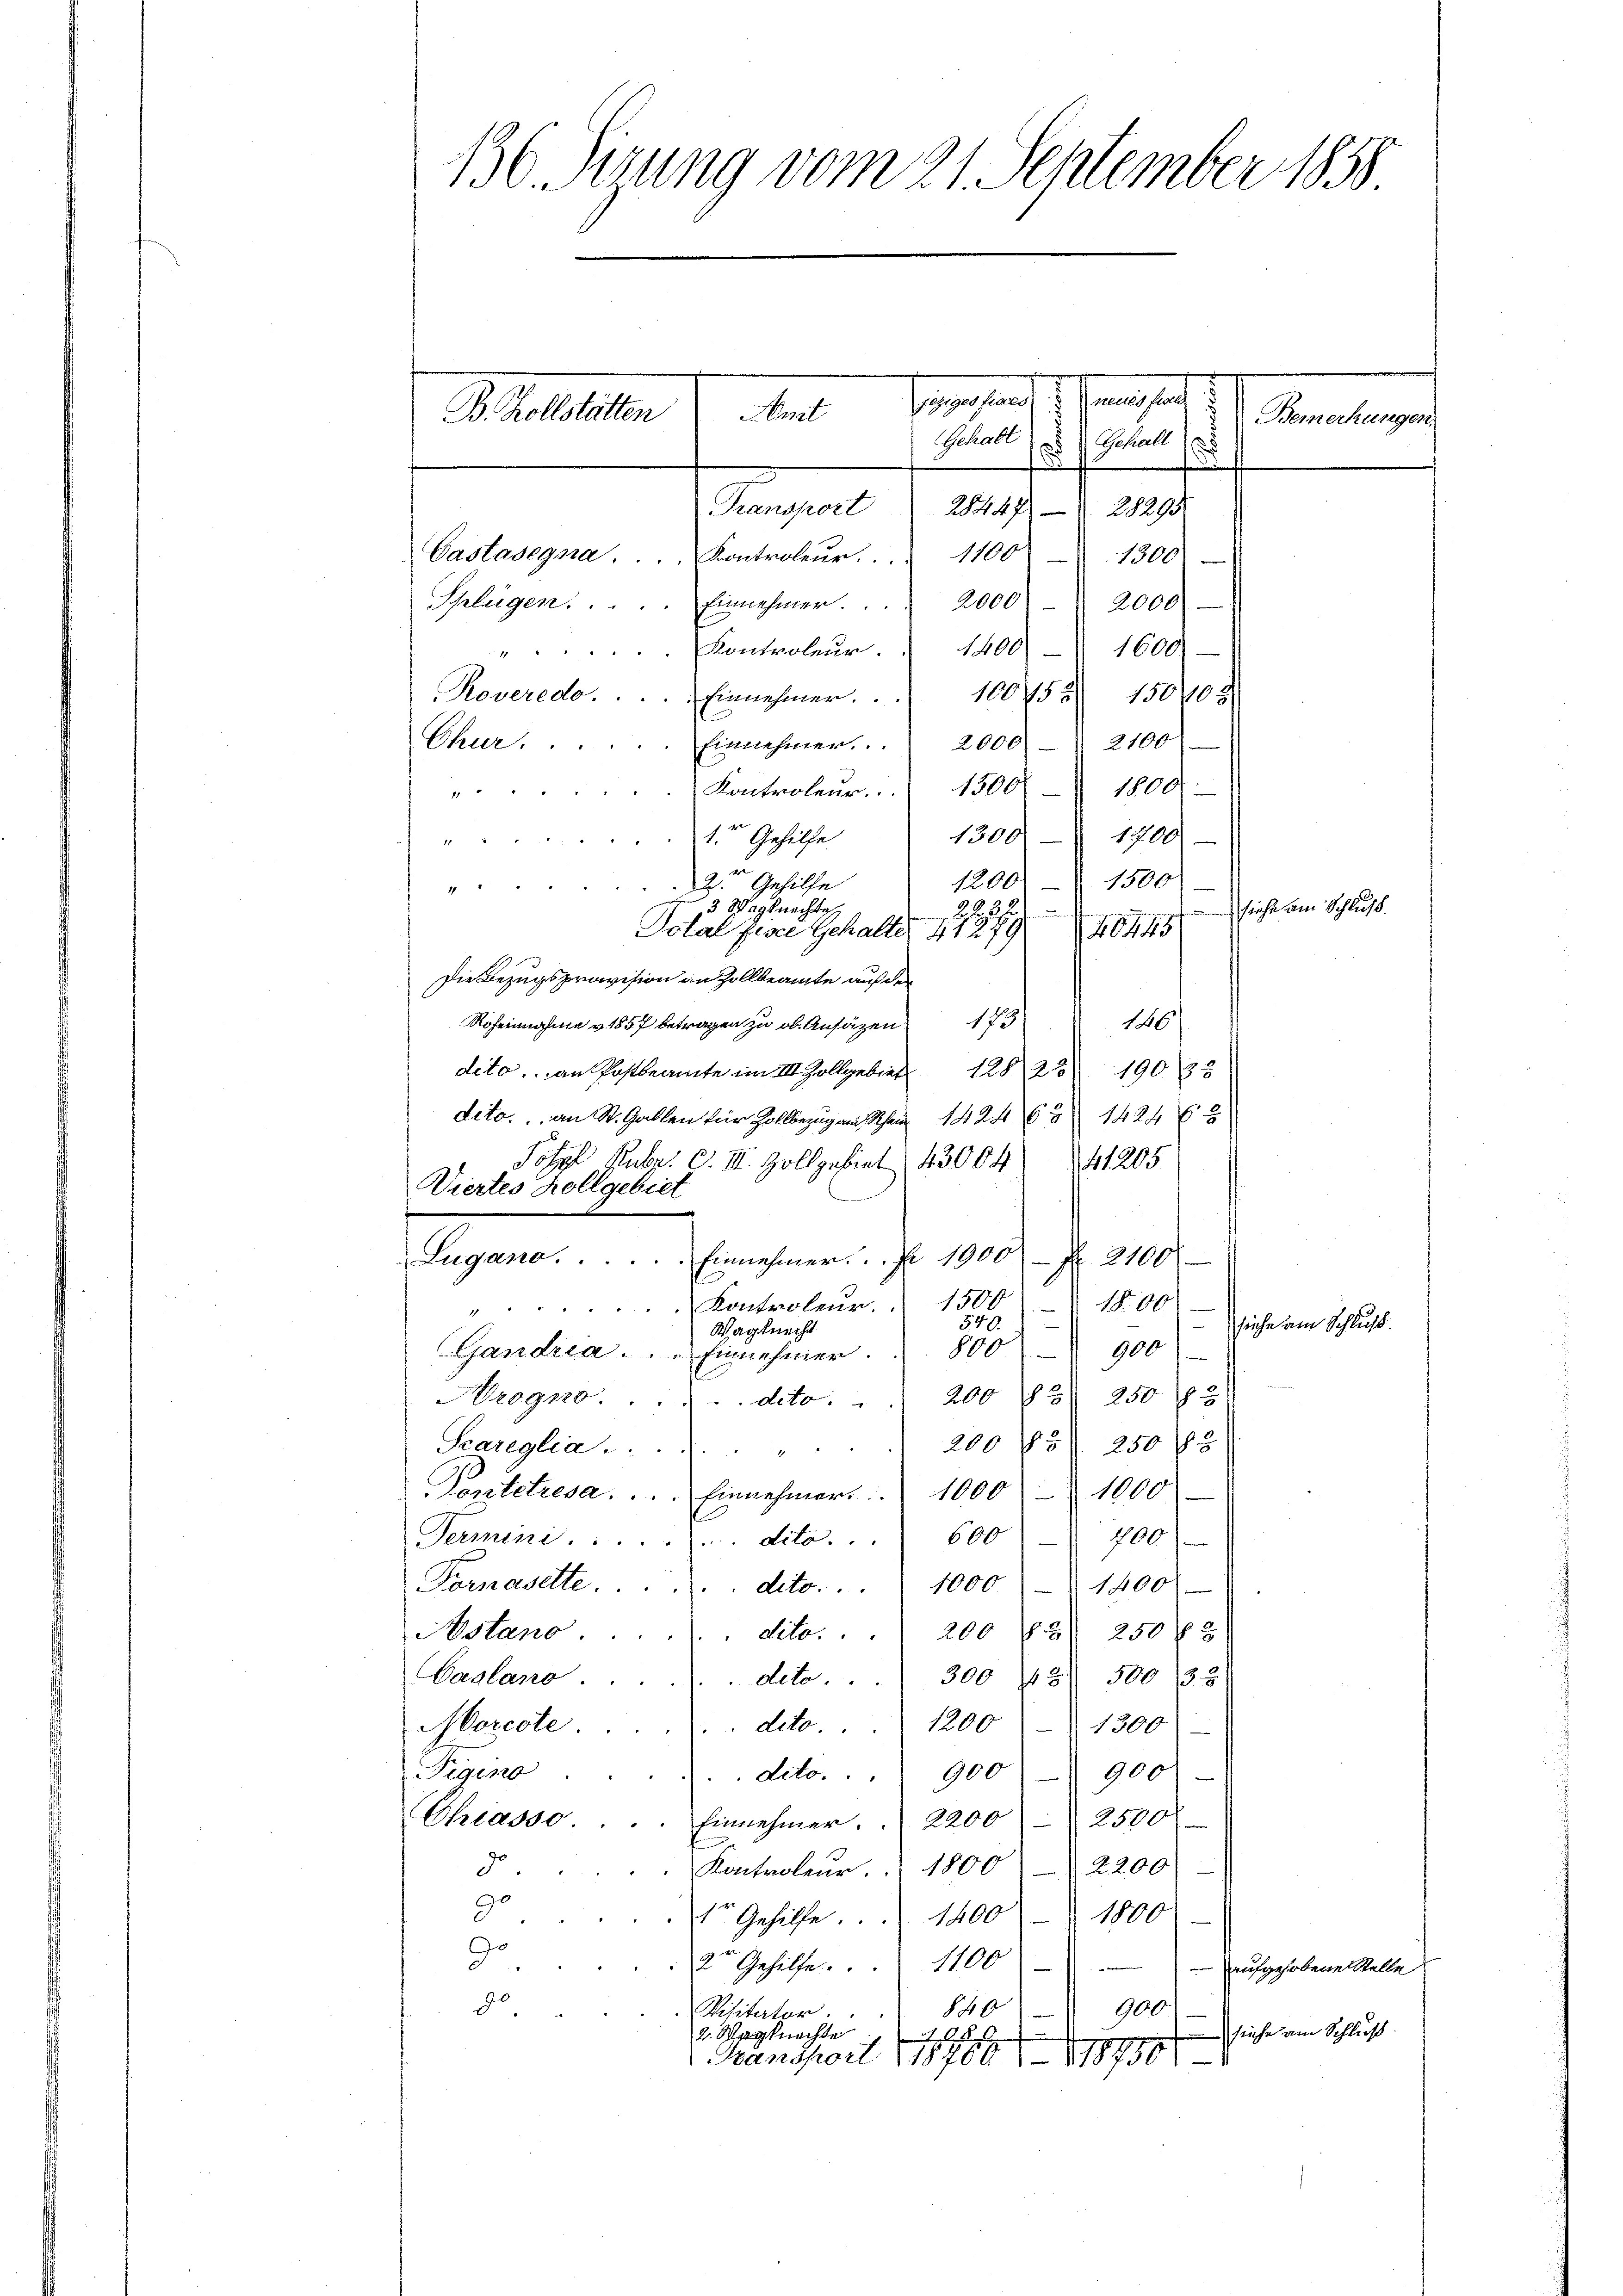
136. Sizung vom 21. September 1858

neues fiele
Gehalt
Lungen
284471
a
Castasegna. ..  Kontroleŭr " 1100
1300
Schlügen.  ..  ..  ..  ..   Einnehmer. 2000
2000
". Kontroleŭr. " 1400 - 1600
100455/ 130408
Roveredo . . . . Einnehmer.
Chur . . . . . . Einnehmer. . . 2000 " 2100
Kontroleur.    1300 - 1800

1300
1700
"1. Gehilfe
1200. 1500
2 Gehilfe
3 Wegknechte
siche am Schluß.
2237
40445
Total Fisce Gehalter 41279
Die Bezugsprovision an Zollbeamte auf der
186
Rheinnahme v. 1857 betragen zu ob. Ansäzen 173
deto, an Postbeamte im II. Zollgebiet 1282 19085
dito. an St. Gallen für Zollbezug am Schon 1424631424 f
Johzl Febr. c. III. Zollgebiet 43004 41205
Viertes Hollgebiet
Lugano. ...
Einnehmer. . . 1900 f 2100.
Kontroleur. 1500
18.00
e
21
siehe am Schluß.
540.
Wagknecht
8007 900
Gandria . . . Einnehmer.
20083) 250 f 3
Hrogno . . . . . . dito.
200 f 250 f 3
Scareglia. ..
 1
Pontetresa. . . . Einnehmer.  1000 - 1000
Termini . . . . . . . . . dito. . . 600 - 700
Pernasette.
dito. . . . 1000 - 1400
Astano
dito. . . 200 f 250 f 3
Caslano
deto . . . 300 43. 500 (53
deto . . . 1200 " 1300
Morcote
igin
dito. . . 900 900)
Chiasso.
Einnehmer.  2200 2500
Z. 200
d.
Kontroleur. 1800
9.
te Gehilfe. 1400 1800
Go
1100
2te Gehilfe

aufgehobene Stelle
80
900
10
Visitator
siehe am Schluß.
2. Wegknechte
Ad
Fransport 118760/ 18956

sagen
B. Kollstätten
Amit
chabl
.

Bemerkungen.